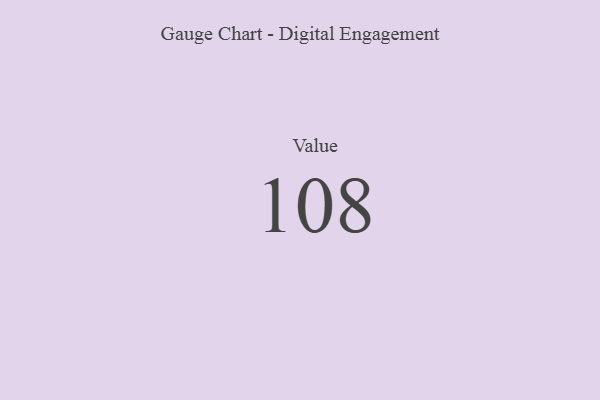
{"axis": {"x": "Metric", "y": "Value"}, "legend": [""], "data": [{"x": "Value", "y": 108, "type": ""}]}